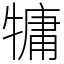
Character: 𤛑